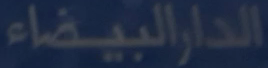
الدارالبيضاء